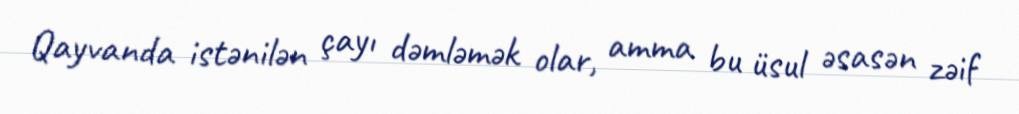
Qayvanda istənilən çayı dəmləmək olar, amma bu üsul əsasən zəif